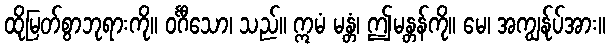
ထိုမြတ်စွာဘုရားကို။ ဝင်္ဂီသော၊ သည်။ ဣမံ မန္တံ၊ ဤမန္တန်ကို။ မေ၊ အကျွန်ုပ်အား။